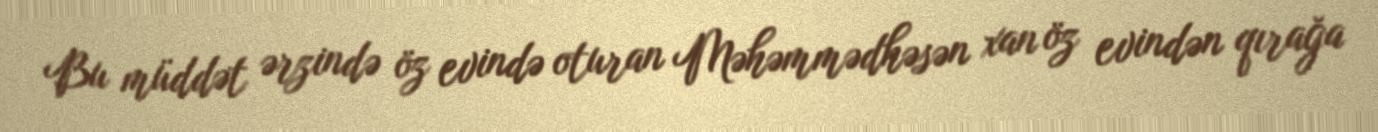
Bu müddət ərzində öz evində oturan Məhəmmədhəsən xan öz evindən qırağa